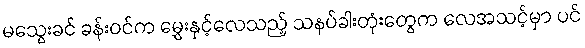
မသွေးခင် ခန်းဝင်က မွှေးနှင့်လေသည့် သနပ်ခါးတုံးတွေက လေအသင့်မှာ ပင်